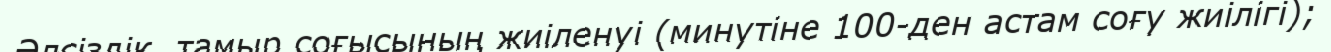
Әлсіздік, тамыр соғысының жиіленуі (минутіне 100-ден астам соғу жиілігі);